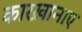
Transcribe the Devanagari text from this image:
कारख़ानाए